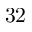
3 2